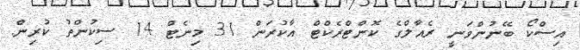
އިސްކޯ ބޭނުންވަނީ ރެއާލްގެ ކޮންޓްރެކްޓް އާކުރަން 31 މިނެޓް 14 ސިކުންތު ކުރިން.